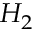
H _ { 2 }